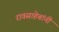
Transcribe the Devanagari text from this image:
रावसाहेबांनीं